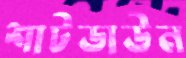
শাটডাউন